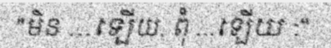
"មិន ...ឡើយ, ពុំ ...ឡើយ :"